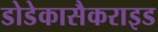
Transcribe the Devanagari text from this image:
डोडेकासैकराइड